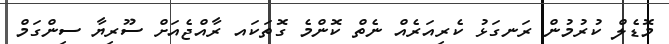
މޮޑެލް ކުރުމުން ރަނގަޅު ކެރިއަރެއް ނެތް ކޮންމެ ގޮތަކައ ރާއްޖެއަށް ސޫރިޔާ ސިންގަމް